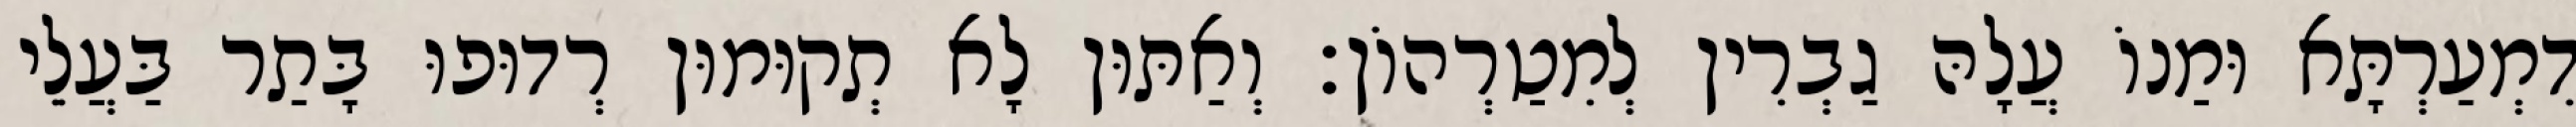
דִמְעַרְתָּא וּמַנוֹ עֲלָהּ גַבְרִין לְמִטַרְהוֹן׃ וְאַתּוּן לָא תְקוּמוּן רְדוּפוּ בָּתַר בַּעֲלֵי